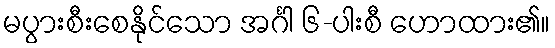
မပွားစီးစေနိုင်သော အင်္ဂါ ၆-ပါးစီ ဟောထား၏။